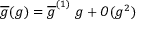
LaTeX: \overline { { { g } } } ( g ) = \overline { { { g } } } ^ { ( 1 ) } \; g + O ( g ^ { 2 } )